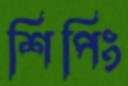
শিপিং